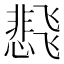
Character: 𬲊